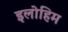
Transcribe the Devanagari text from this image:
इलोहिम